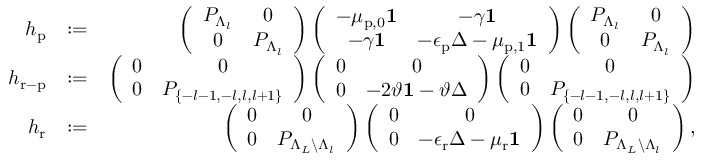
\begin{array} { r l r } { h _ { \mathrm { p } } } & { : = } & { \left( \begin{array} { c c } { P _ { \Lambda _ { l } } } & { 0 } \\ { 0 } & { P _ { \Lambda _ { l } } } \end{array} \right) \left( \begin{array} { c c } { - \mu _ { \mathrm { p } , 0 } \mathbf { 1 } } & { - \gamma \mathbf { 1 } } \\ { - \gamma \mathbf { 1 } } & { - \epsilon _ { \mathrm { p } } \Delta - \mu _ { \mathrm { p } , 1 } \mathbf { 1 } } \end{array} \right) \left( \begin{array} { c c } { P _ { \Lambda _ { l } } } & { 0 } \\ { 0 } & { P _ { \Lambda _ { l } } } \end{array} \right) } \\ { h _ { \mathrm { r - p } } } & { : = } & { \left( \begin{array} { c c } { 0 } & { 0 } \\ { 0 } & { P _ { \{ - l - 1 , - l , l , l + 1 \} } } \end{array} \right) \left( \begin{array} { c c } { 0 } & { 0 } \\ { 0 } & { - 2 \vartheta \mathbf { 1 } - \vartheta \Delta } \end{array} \right) \left( \begin{array} { c c } { 0 } & { 0 } \\ { 0 } & { P _ { \{ - l - 1 , - l , l , l + 1 \} } } \end{array} \right) } \\ { h _ { \mathrm { r } } } & { : = } & { \left( \begin{array} { c c } { 0 } & { 0 } \\ { 0 } & { P _ { \Lambda _ { L } \backslash \Lambda _ { l } } } \end{array} \right) \left( \begin{array} { c c } { 0 } & { 0 } \\ { 0 } & { - \epsilon _ { \mathrm { r } } \Delta - \mu _ { \mathrm { r } } \mathbf { 1 } } \end{array} \right) \left( \begin{array} { c c } { 0 } & { 0 } \\ { 0 } & { P _ { \Lambda _ { L } \backslash \Lambda _ { l } } } \end{array} \right) , } \end{array}